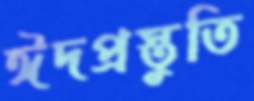
ঈদপ্রস্তুতি